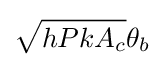
{\sqrt {hPkA_{c}}}\theta _{b}